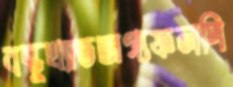
বন্ধুখ্যাতভাগ্যফলপি